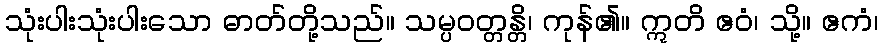
သုံးပါးသုံးပါးသော ဓာတ်တို့သည်။ သမ္ပဝတ္တန္တိ၊ ကုန်၏။ ဣတိ ဧဝံ၊ သို့။ ဧကံ၊